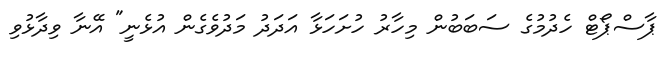
ޕާސްޕޯޓް ހެދުމުގެ ސަބަބުން މިހާރު ހުށަހަޅާ އަދަދު މަދުވެގެން އުޅެނީ" އޭނާ ވިދާޅުވި